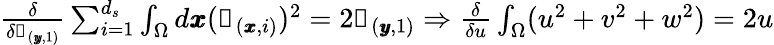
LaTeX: \begin{array}{r}{\frac{\delta}{\delta\mathscr{s}_{(\pmb{y},1)}}\sum_{i=1}^{d_{s}}\int_{\Omega}d\pmb{x}(\mathscr{s}_{(\pmb{x},i)})^{2}=2\mathscr{s}_{(\pmb{y},1)}\Rightarrow\frac{\delta}{\delta u}\int_{\Omega}(u^{2}+v^{2}+w^{2})=2u}\end{array}